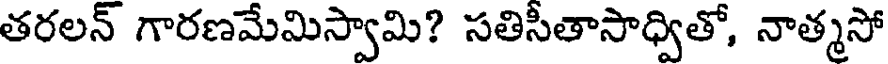
తరలన్ గారణమేమిస్వామి? సతిసీతాసాధ్వితో, నాత్మసో